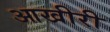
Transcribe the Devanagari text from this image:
आखीरी